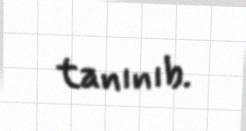
tanınıb.